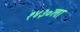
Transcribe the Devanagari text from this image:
१४३०ला